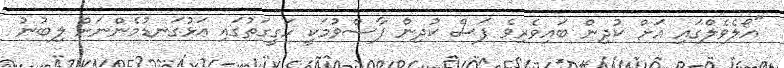
"އޯލެވެލްގައި އަށް ކުދިން ބައިވެރިވެ ފަސް ކުދިން ފާސްވުމަކީ ހަގީގަތުގައި އަޅުގަނޑުމެންނަށް ލިބުނު